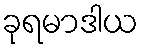
ခုရမာဒါယ